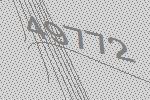
49772